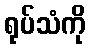
ရုပ်သံကို